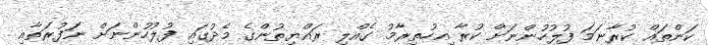
ކަންތައް ކުރާނަމަ ފުލުހުންނަށް ކުރާ އިހުތިރާމު ގެއްލި ރައްޔިތުންގެ މެދުގައި ފުލުހުންނަށް ނަފުރަތާއި